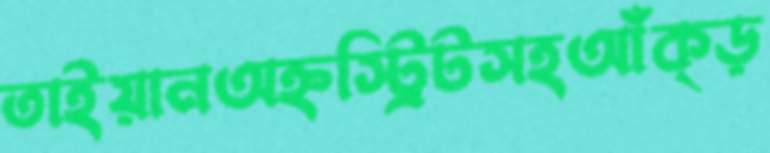
তাইয়ানঅহ্নস্ট্রিটসহআঁক্‌ড়